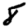
Digit: 8